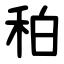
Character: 䄸